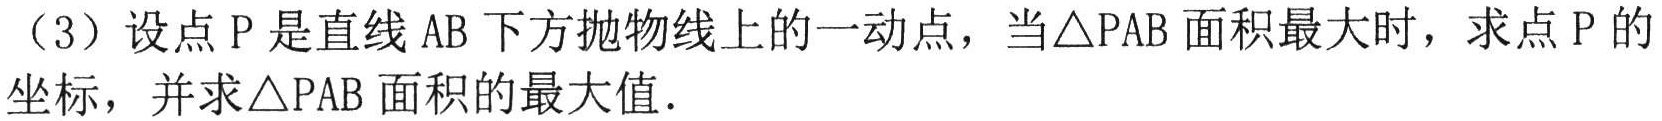
（3）设点\(P\)是直线\(AB\)下方抛物线上的一动点，当\(\triangle PAB\)面积最大时，求点\(P\)的坐标，并求\(\triangle PAB\)面积的最大值．